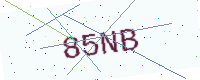
Text: 85NB